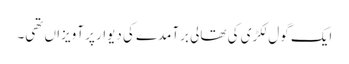
ایک گول لکڑی کی تھالی برآمدے کی دیوار پر آویزاں تھی۔